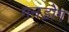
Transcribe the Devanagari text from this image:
गनडोग